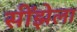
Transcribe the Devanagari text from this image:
सींझेला